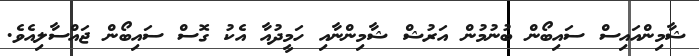
ޝާމިންއައިސް ސައިބޯން ބުނުމުން އަރުޝް ޝާމިންނާއި ހަމީދުއާ އެކު ގޮސް ސައިބޯން ޖައްސާލިއެވެ.